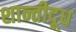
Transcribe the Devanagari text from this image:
शान्तीदूध